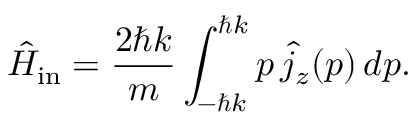
\hat { H } _ { \mathrm { i n } } = \frac { 2 \hbar k } { m } \int _ { - \hbar k } ^ { \hbar k } p \, \hat { j } _ { z } ( p ) \, d p .